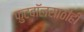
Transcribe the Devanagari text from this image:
फुटबॉलसाठीही